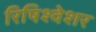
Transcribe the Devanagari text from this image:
रिषिश्वेशर